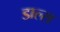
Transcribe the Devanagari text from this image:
डाल्स